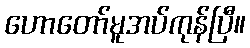
ဟောတော်မူအပ်ကုန်ပြီ။